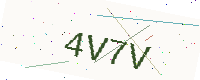
Text: 4V7V